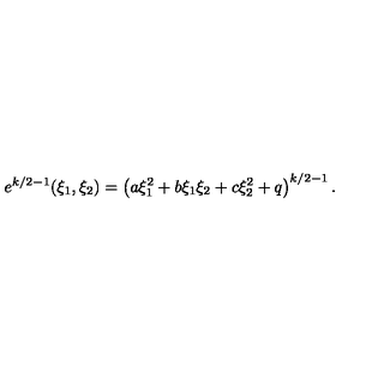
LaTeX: e ^ { k / 2 - 1 } ( \xi _ { 1 } , \xi _ { 2 } ) = \left( a \xi _ { 1 } ^ { 2 } + b \xi _ { 1 } \xi _ { 2 } + c \xi _ { 2 } ^ { 2 } + q \right) ^ { k / 2 - 1 } .